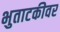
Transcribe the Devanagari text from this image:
भुताटकीवर